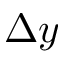
\Delta y